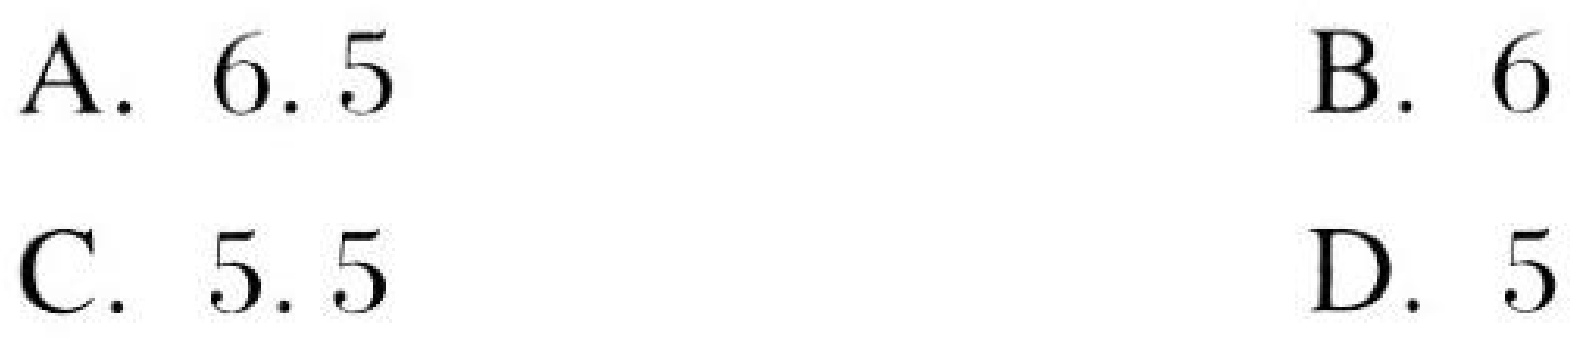
A. \(6.5\) \quad B. \(6\)
C. \(5.5\) \quad D. \(5\)